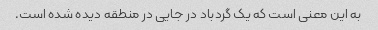
به این معنی است که یک گردباد در جایی در منطقه دیده شده است.